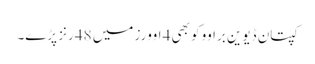
کپتان ڈیوین براوو کو بھی 4 اوورز میں 48 رنز پڑے۔